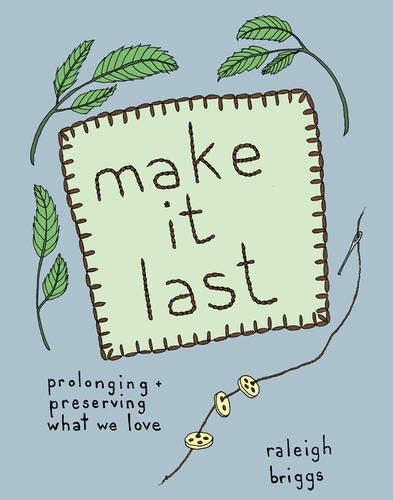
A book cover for Make it Last: Sustainably and Affordably Preserving What We Love (DIY); Raleigh Briggs; Crafts, Hobbies & Home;